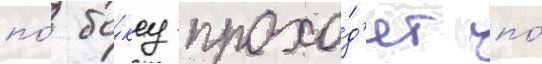
по́ бо́ксу прохо́д'ят по́